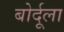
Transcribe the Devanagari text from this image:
बोर्दूला